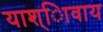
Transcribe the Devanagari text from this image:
याश्ािवाय